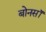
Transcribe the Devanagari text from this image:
बोनसॉ